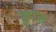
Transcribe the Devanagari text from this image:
छ्वारु